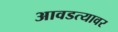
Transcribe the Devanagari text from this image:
आवडत्यावर